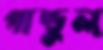
পান্ডুল